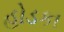
હોડકા